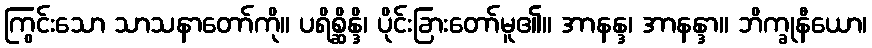
ကြွင်းသော သာသနာတော်ကို။ ပရိစ္ဆိန္ဒိ၊ ပိုင်းခြားတော်မူ၏။ အာနန္ဒ၊ အာနန္ဒာ။ ဘိက္ခုနီယော၊